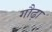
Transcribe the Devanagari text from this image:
गौढ़ा